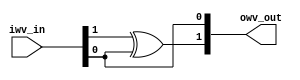
//===================================================
//
// __ParityPrexixReference
// 
// Size  : O(N)
// Depth : O(N)
//
//===================================================
module __ParityPrexixReference
	#(
	parameter p_WIDTH = 2 // MUST BE greater than zero.
	)
	(
	input [p_WIDTH-1:0] iwv_in,
	output [p_WIDTH-1:0] owv_out
	);
	
generate

	genvar i;

	if(p_WIDTH > 0) begin
	
		assign owv_out[0] = iwv_in[0];

		for(i = 1; i < p_WIDTH; i = i + 1) begin : gen_prefix
			assign owv_out[i] = iwv_in[i] ^ owv_out[i - 1];
		end
	
	end

endgenerate

endmodule // __ParityPrexixReference




//===================================================
//
// ParityPrefix
// 
// Size  : O(N)
// Depth : O(log(N))
//
//===================================================
module ParityPrefix
	#(
	parameter p_WIDTH = 2, // MUST BE greater than zero.
	parameter p_BLOCK_SIZE = 1   // MUST BE greater than zero.
	)
	(
	input [p_WIDTH-1:0] iwv_in,
	output [p_WIDTH-1:0] owv_out
	);
	
generate

	genvar i;

	if(p_BLOCK_SIZE >= p_WIDTH) begin
	
		assign owv_out = iwv_in;
		
	end else begin
	
		wire [p_WIDTH-1:0] wv_next;
		
		for(i = 0; i < p_WIDTH; i = i + 1) begin : gen_prefix
			localparam block_idx = (i / p_BLOCK_SIZE);
			if((block_idx % 2) == 0) begin
				assign wv_next[i] = iwv_in[i];
			end else begin
				assign wv_next[i] = iwv_in[i] ^ iwv_in[block_idx * p_BLOCK_SIZE - 1];
			end
		end
			
		ParityPrefix #(.p_WIDTH(p_WIDTH), .p_BLOCK_SIZE(p_BLOCK_SIZE * 2)) prefix_tree_0(wv_next, owv_out);
		
	end

endgenerate

endmodule // ParityPrefix